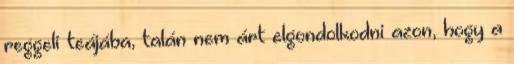
reggeli teájába, talán nem árt elgondolkodni azon, hogy a